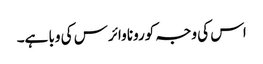
اس کی وجہ کورونا وائرس کی وبا ہے۔